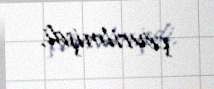
çevrilmişdi.